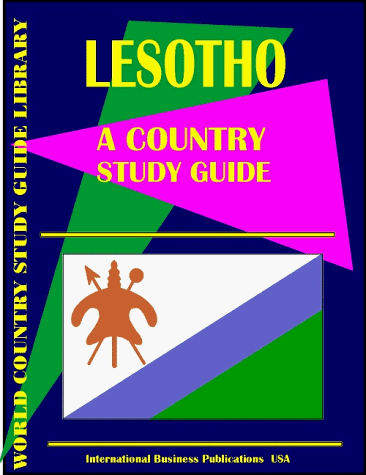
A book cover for Lesotho Country Study Guide (World Country Study Guide; Ibp Usa; Travel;